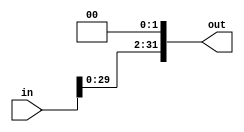
`timescale 1ns / 1ps
//////////////////////////////////////////////////////////////////////////////////
// Company: 
// Engineer: 
// 
// Design Name: 
// Module Name: shiftLeft
// Project Name: 
// Target Devices: 
// Tool Versions: 
// Description: 
// 
// Dependencies: 
// 
// Revision:
// Revision 0.01 - File Created
// Additional Comments:
// 
//////////////////////////////////////////////////////////////////////////////////


module shiftLeft #(parameter shiftAmnt = 2)(
    input [31:0] in,
    output [31:0] out
    );
    
    assign out = in << shiftAmnt;
endmodule